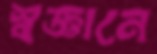
স্বজ্ঞানে